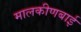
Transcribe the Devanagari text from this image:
मालकीणबाई